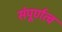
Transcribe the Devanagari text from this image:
संपूर्णत्व